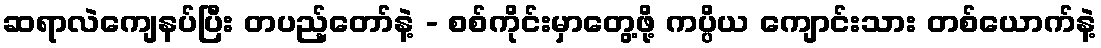
ဆရာလဲကျေနပ်ပြီး တပည့်တော်နဲ့ - စစ်ကိုင်းမှာတွေ့ဖို့ ကပ္ပိယ ကျောင်းသား တစ်ယောက်နဲ့